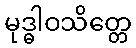
မုဒ္ဓါဝသိတ္တေ